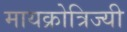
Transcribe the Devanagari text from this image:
मायक्रोत्रिज्यी